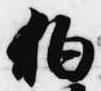
狛